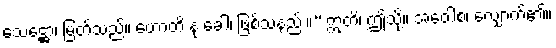
သေဋ္ဌော၊ မြတ်သည်။ ဟောတိ နု ခေါ၊ ဖြစ်သနည်း။” ဣတိ၊ ဤသို့။ အဝေါစ၊ လျှောက်၏။